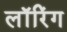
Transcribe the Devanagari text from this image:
लॉरिंग